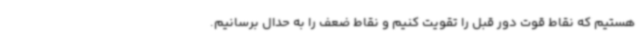
هستیم که نقاط قوت دور قبل را تقویت کنیم و نقاط ضعف را به حدال برسانیم.